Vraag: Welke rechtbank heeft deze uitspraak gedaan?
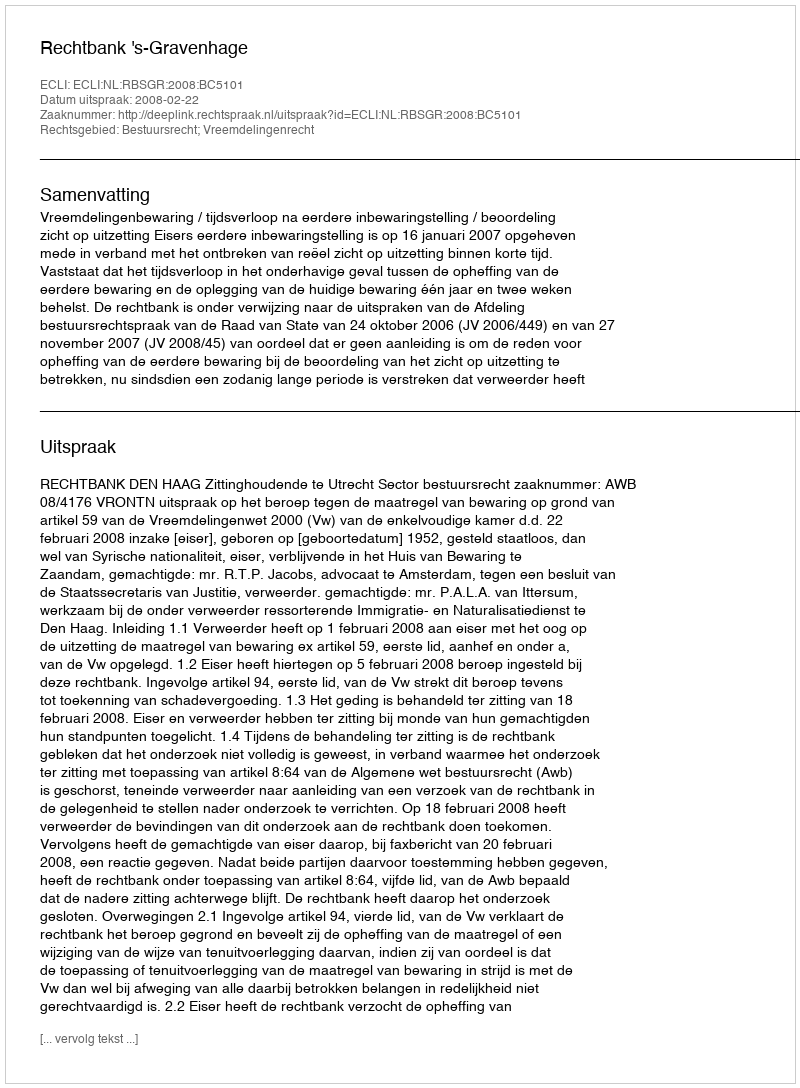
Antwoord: Rechtbank 's-Gravenhage